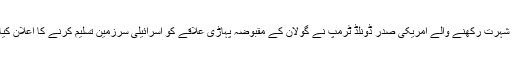
واضح رہے کہ متنازع فیصلوں کے لیے عالمی شہرت رکھنے والے امریکی صدر ڈونلڈ ٹرمپ نے گولان کے مقبوضہ پہاڑی علاقے کو اسرائیلی سرزمین تسلیم کرنے کا اعلان کیا تھا جس پر عالمی سطح پر مذمت کی گئی ہے۔